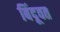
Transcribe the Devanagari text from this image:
बिंदूवत